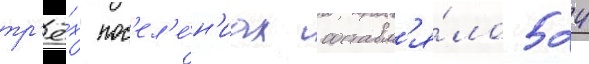
тр'ё́х пос'ел'е́н'иах составл'я́ло 524